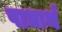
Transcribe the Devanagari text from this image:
पाधार्थ